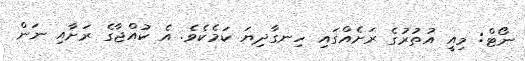
ނޯޓް: މިއީ އުތުރުގެ ރަށެއްގައި ހިނގާދިޔަ ކަމެކެވެ. އެ ކުއްޖާގެ ރަށާއި ނަން